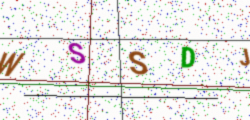
Text: WSSDJ